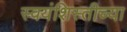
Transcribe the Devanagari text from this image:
स्वयंशिस्तीच्या